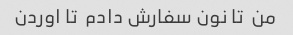
من  تا نون سفارش دادم  تا اوردن